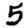
Digit: 5